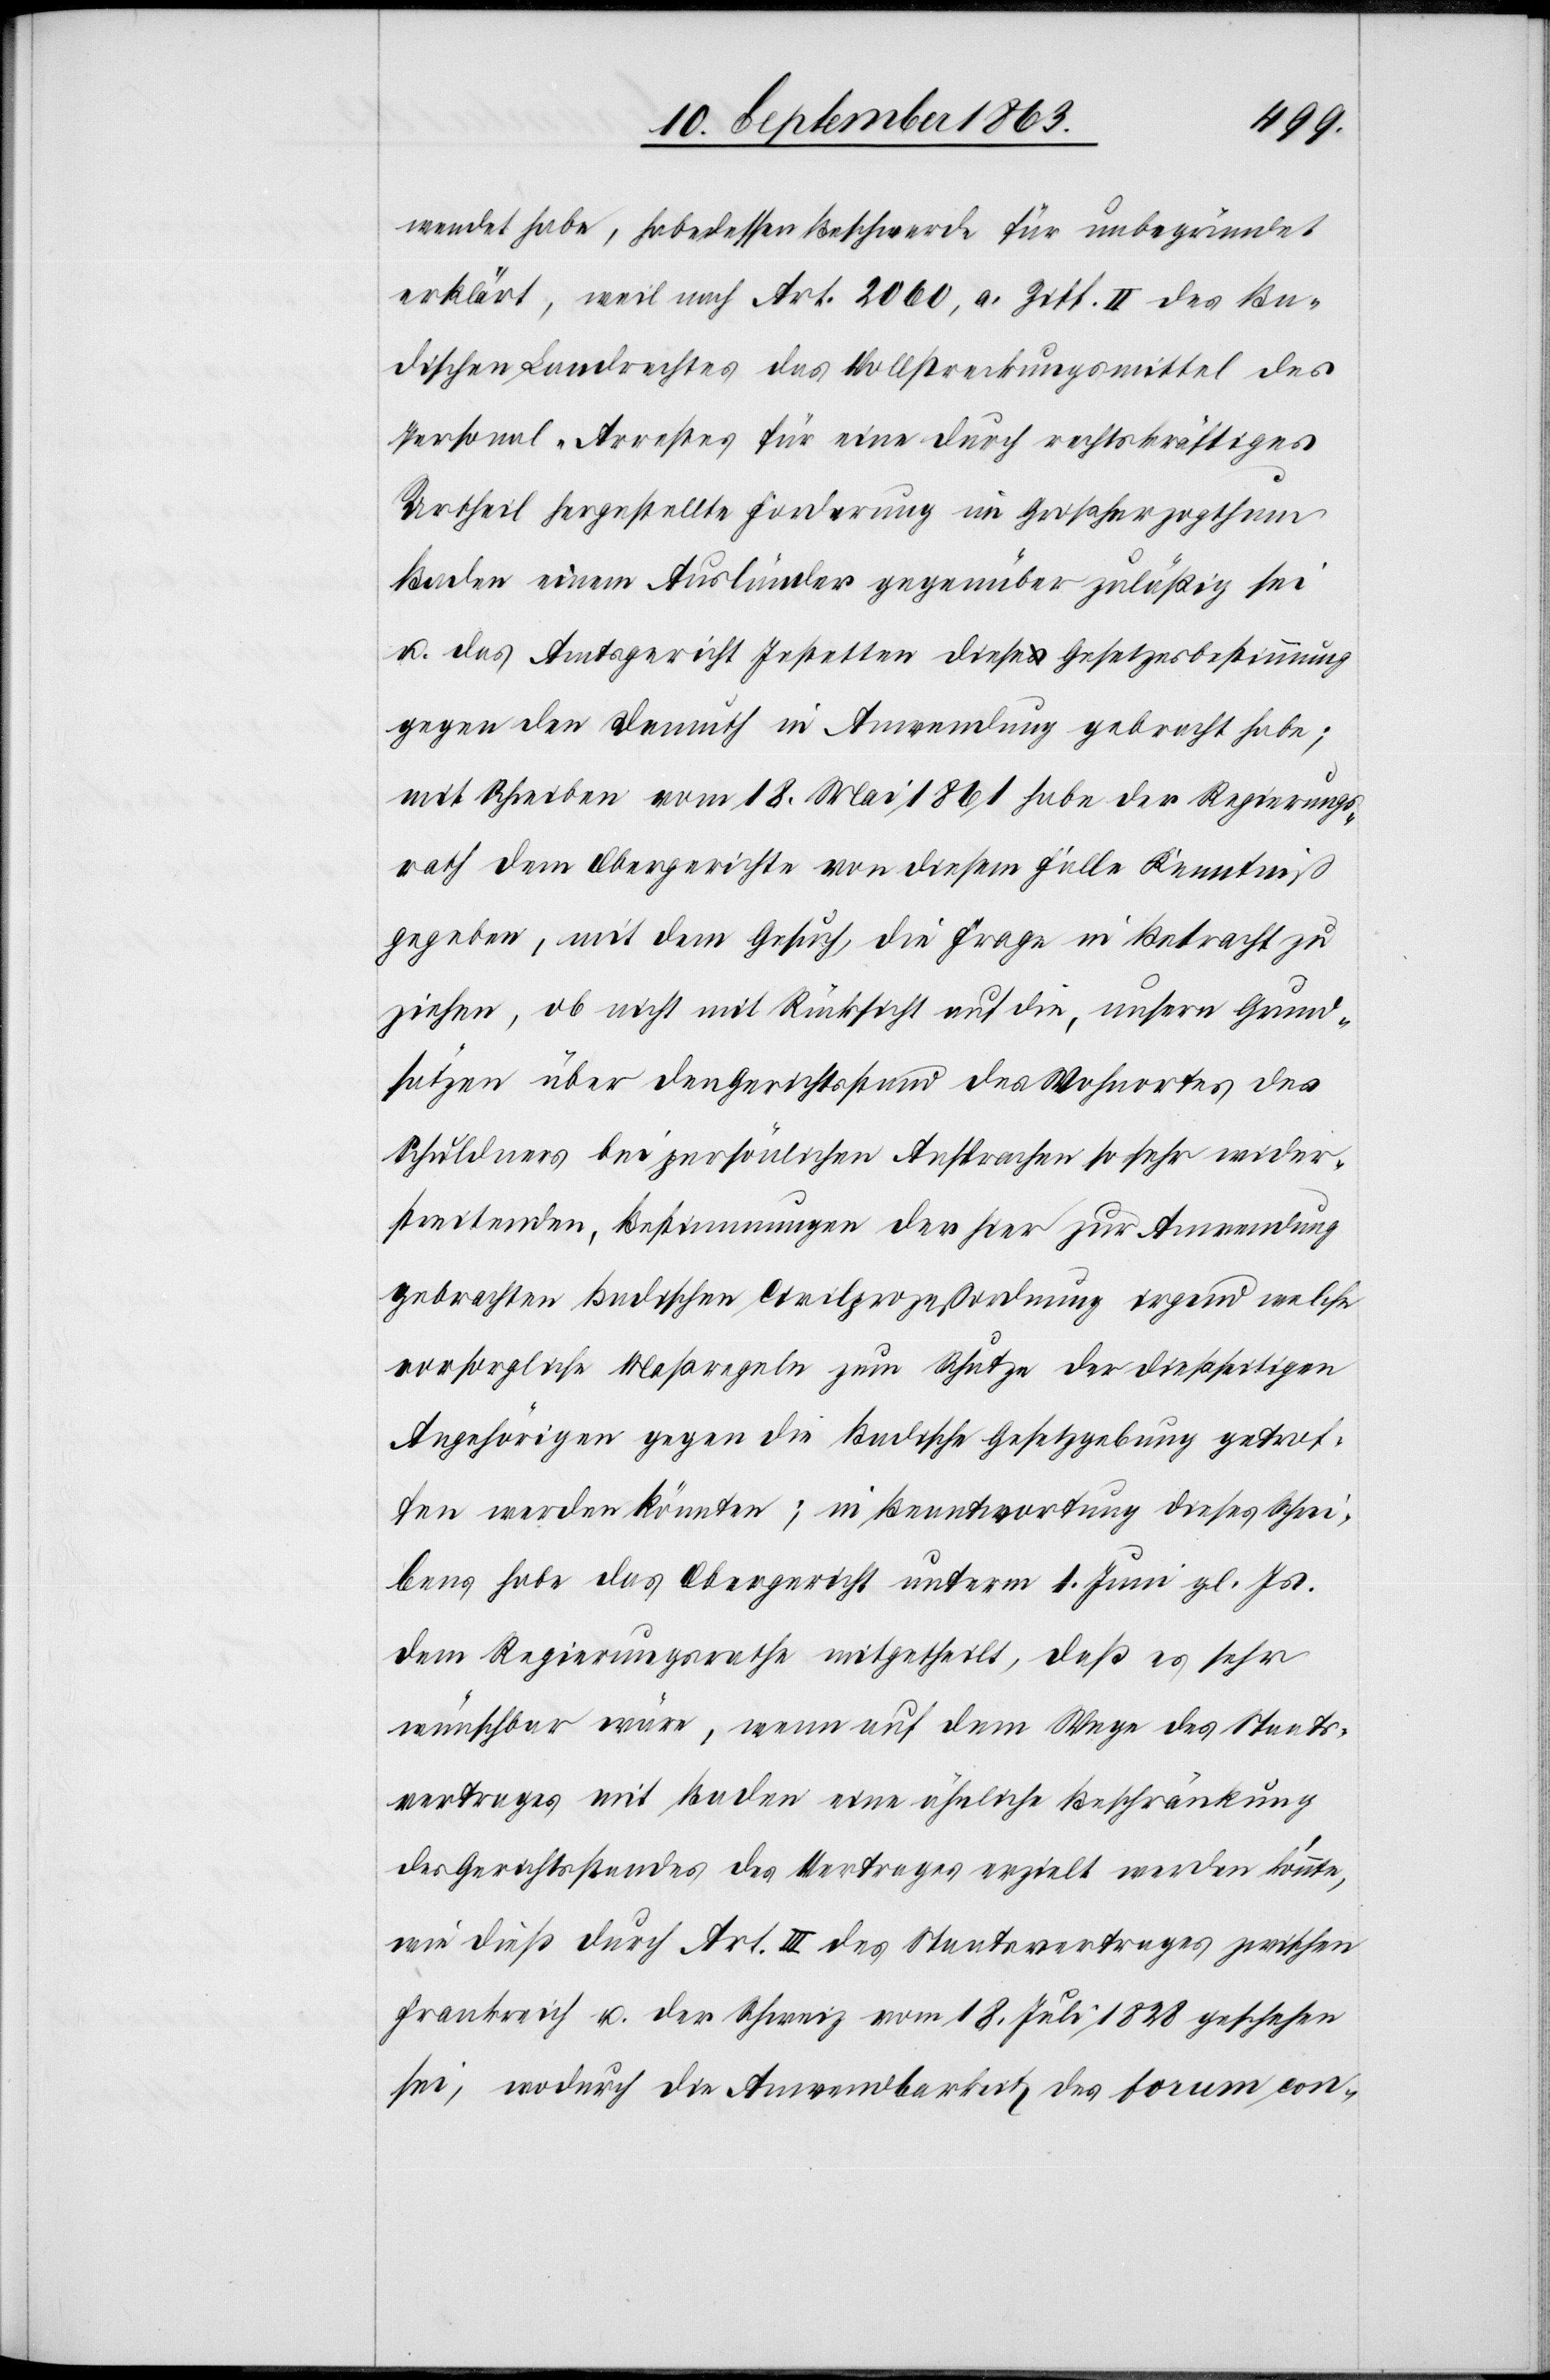
wendet habe, habe dessen Beschwerde für unbegründet
erklärt, weil nach Art. 2060, a. Ziff. II des Ba¬
dischen Landrechtes das Vollstreckungsmittel des
Personal-Arrestes für eine durch rechtskräftiges
Urtheil hergestellte Forderung im Großherzogthum
Baden einem Ausländer gegenüber zuläßig sei
u. das Amtsgericht Jestetten diese Gesetzesbestimmung
gegen den Demuth in Anwendung gebracht habe;
mit Schreiben vom 18. Mai 1861 habe der Regierungs¬
rath dem Obergerichte von diesem Falle Kenntniß
gegeben, mit dem Gesuch, die Frage in Betracht zu
ziehen, ob nicht mit Rücksicht auf die, unsern Grund¬
sätzen über den Gerichtsstand des Wohnortes des
Schuldners bei persönlichen Ansprachen so sehr wider¬
streitenden, Bestimmungen der hier zur Anwendung
gebrachten Badischen Civilprozeßordnung irgend welche
vorsorgliche Maßregeln zum Schutze der dießseitigen
Angehörigen gegen die Badische Gesetzgebung getrof¬
fen werden könnten; in Beantwortung dieses Schrei¬
bens habe das Obergericht unterm 1. Juni gl. Js.
dem Regierungsrathe mitgetheilt, daß es sehr
wünschbar wäre, wenn auf dem Wege des Staats¬
vertrages mit Baden eine ähnliche Beschränkung
des Gerichtsstandes des Vertrages erzielt werden könnte,
wie dieß durch Art. III des Staatsvertrages zwischen
Frankreich u. der Schweiz vom 18. Juli 1828 geschehen
sei, wodurch die Anwendbarkeit des forum con-